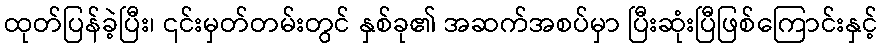
ထုတ်ပြန်ခဲ့ပြီး၊ ၎င်းမှတ်တမ်းတွင် နှစ်ခု၏ အဆက်အစပ်မှာ ပြီးဆုံးပြီဖြစ်ကြောင်းနှင့်